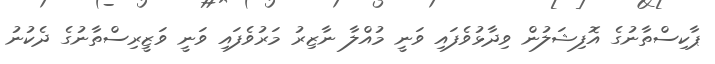
ޕާކިސްތާނުގެ އޮފިޝަލުން ވިދާޅުވެފައި ވަނީ މުއްލާ ނާޒިރު މަރުވެފައި ވަނީ ވަޒީރިސްތާނުގެ ދެކުނު